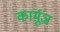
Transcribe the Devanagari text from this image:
कार्मूज़